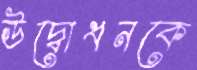
উদ্বোধনকে